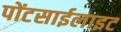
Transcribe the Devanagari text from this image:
पोंटसाईलाइट